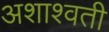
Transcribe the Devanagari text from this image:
अशाश्वती